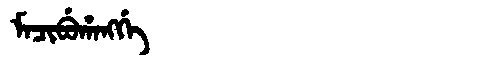
Manchu: ᠮᠠᠴᡳᠪᡠᡥᠠᠩᡤᡝ
Romanization: MACIBUHANGGE